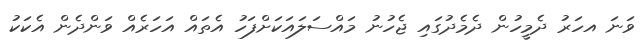
ވަނަ އހަރު ދެމީހުން ދެމެދުގައި ޖެހުނު މައްސަލައަކަށްފަހު އެތައް އަހަރެއް ވަންދެން އެކަކު